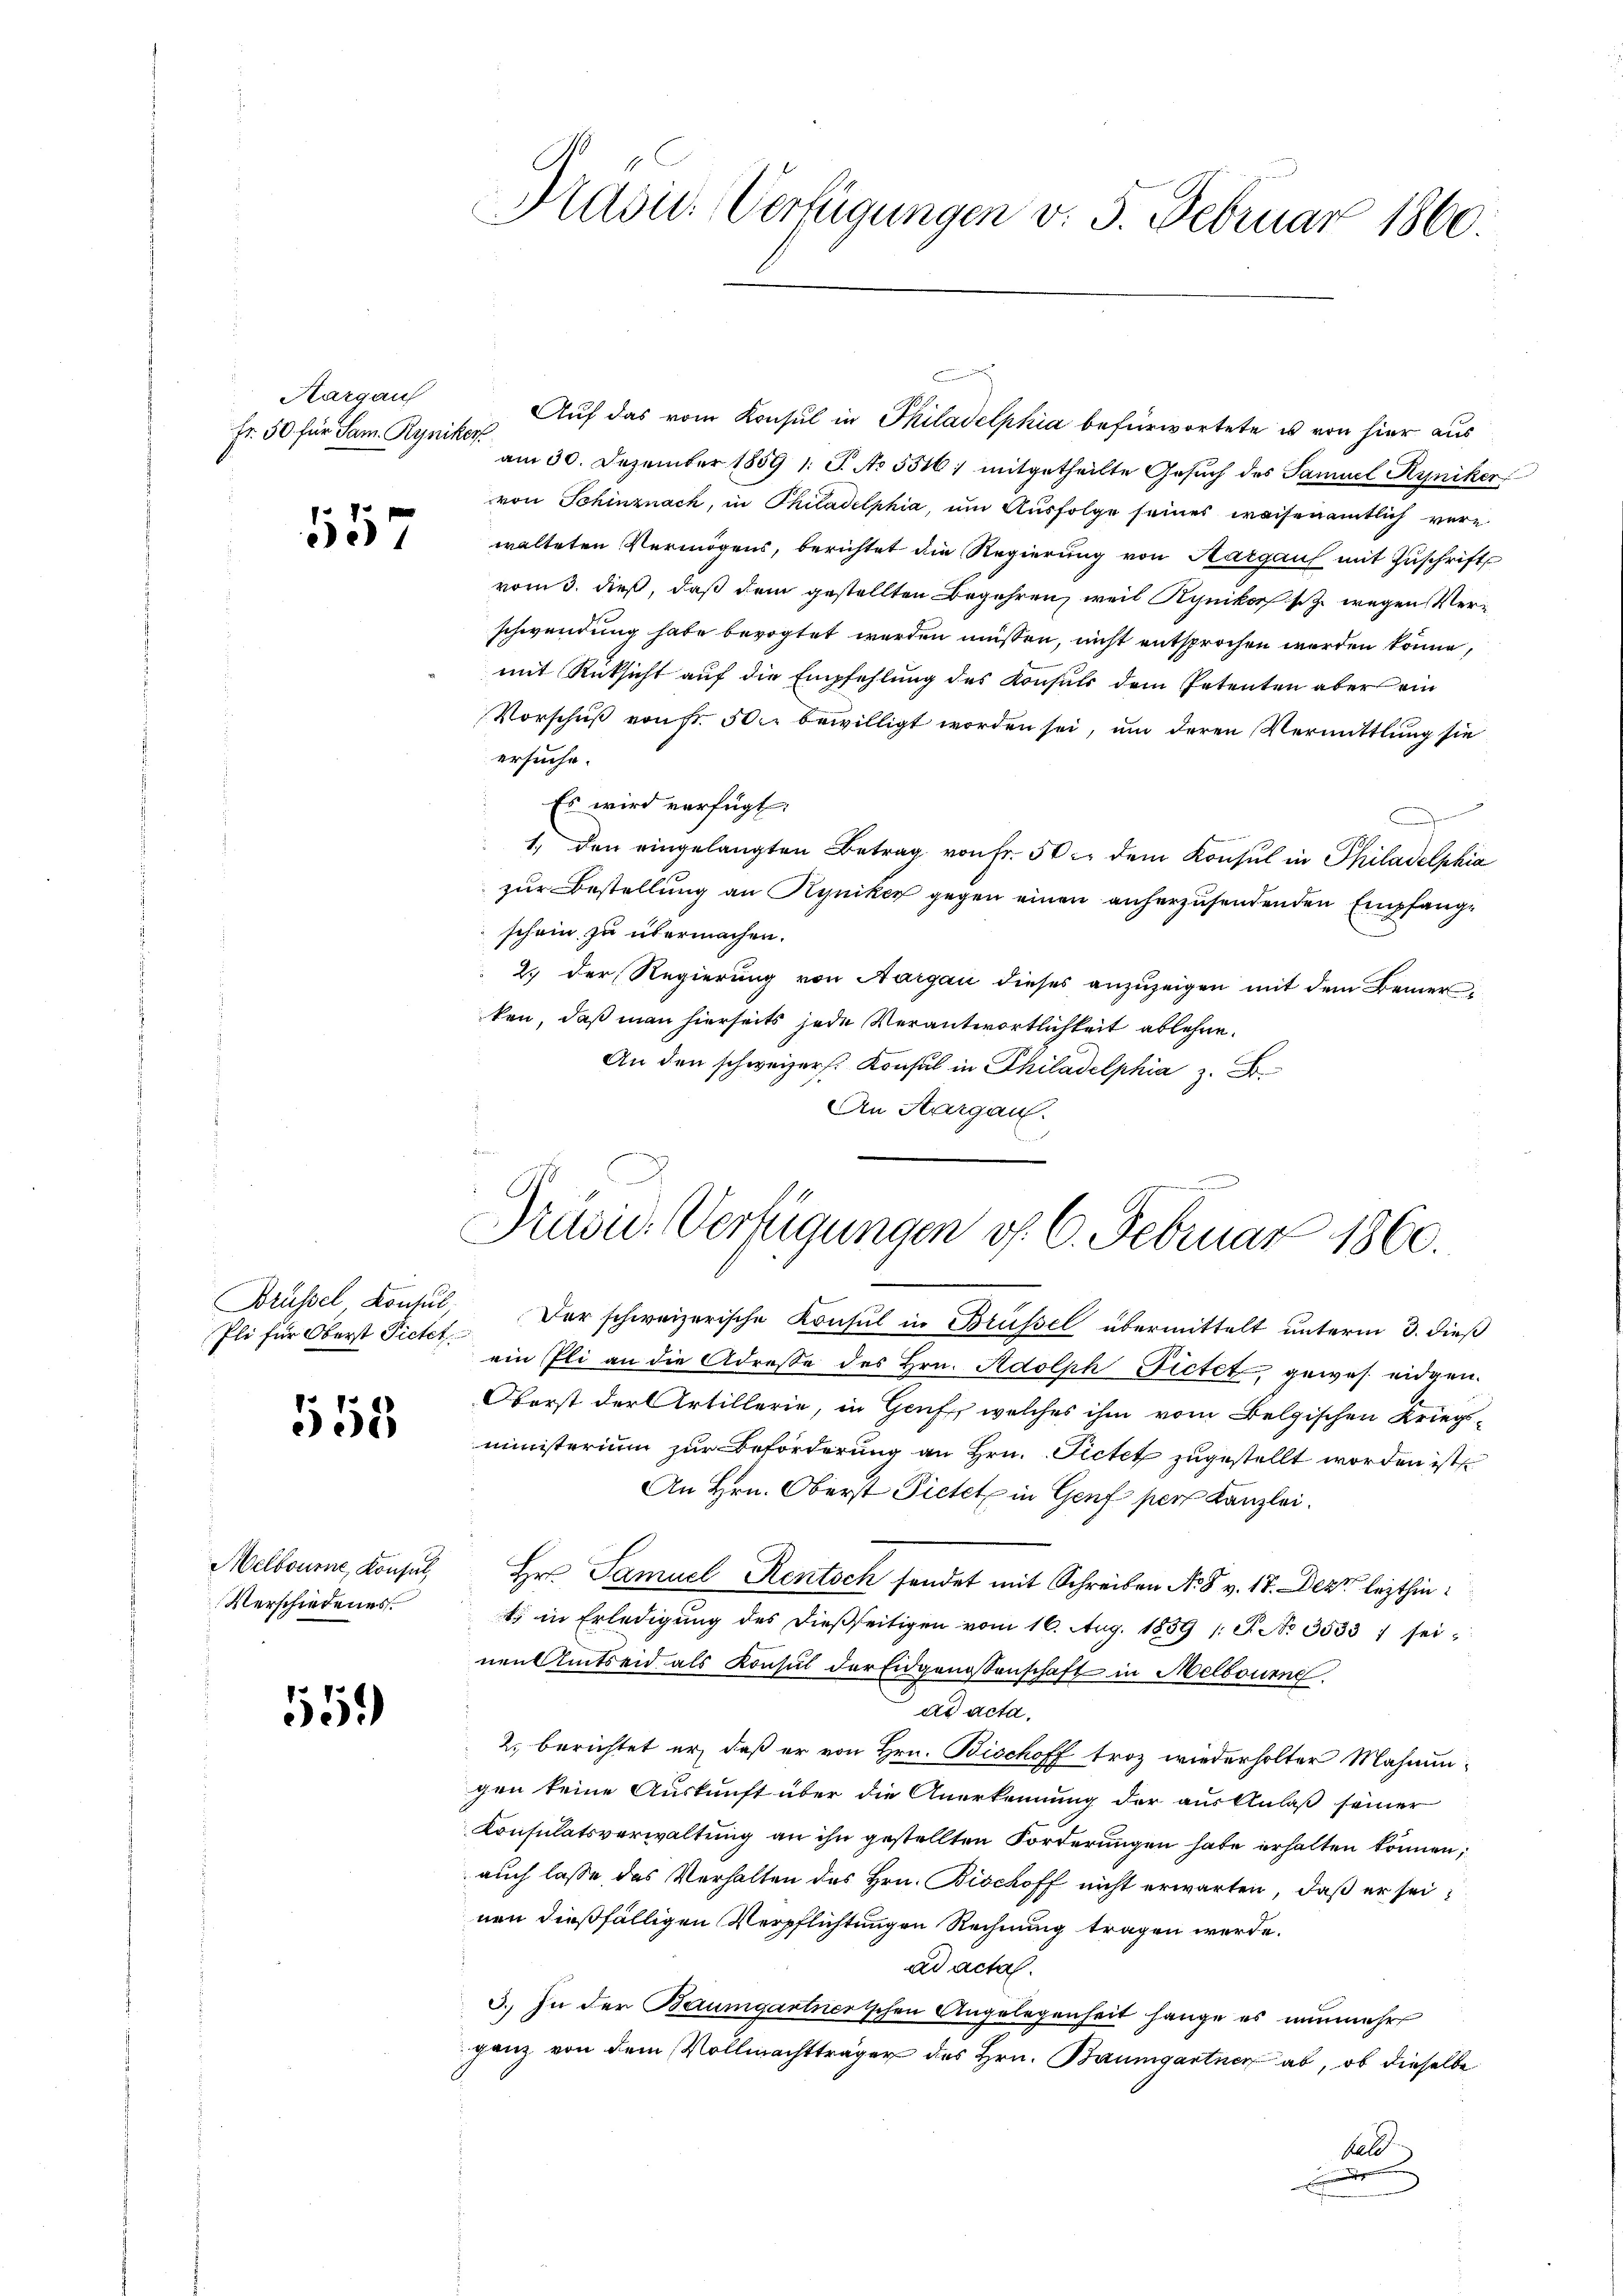
Hargau
Fr. 50 für Sam. Ryniker

511

Brüssel Konsul,
Pli für Oberst Pietet

150.

Melbourne, Konsul,
Verschiedenes

559)

Präsid-Verfügungen v. 5. Februar 1860

b

Auf das vom Konsul in Philadelphia befürwortete es von hier aus
am 30. Dezember 1859 1 S. No. 5516) mitgetheilte Gesuch des Samuel Kyniker
von Schinznach, in Philadelphia, um Ausfolge seines weisenamtlich vere
walteten Vermögens, berichtet die Regierung von Aargau mit Zuschrift
vom 3. dieß, daß dem gestellten Begehren, weil Synikosz wegen Verschwendung habe bevogtet werden müssen, nicht entsprochen werden könne,
mit Rücksicht auf die Empfehlung des Konsuls dem Petenten aber ein
Vorschuß von Fr. 500 bewilligt worden sei, um deren Vermittlung sie
ersuche.
Es wird verfügt:
1. den eingelangten Betrag von Fr. 50. dem Konsul in Philadelphia
zur Bestellung an Hyniker gegen einen anherzusendenden Empfangschein zu übermachen.
2.) Der Regierung von Aargau dieses anzuzeigen mit dem Bemerken, daß man hierseits jede Verantwortlichkeit ablehne.
An den schweizer. Konsul in Philadelphia z. B.
An Aargau.

Präsid. Verfügungen v. 6. Februar 1860.

Der schweizerische Konsul in Brüssel übermittelt unterm 3. dieß
ein Pli an die Adresse des Hrn. Adolph Fictet, gewes eidgen.
Oberst der Artillerie, in Genf, welches ihm vom Belgischen Kriegsministerium zur Beförderung an Hrn. Pictet zugestellt worden ist
An Hrn. Oberst Pietet in Genf pers Kanzlei.
Hr. Samuel Rentsch sendet mit Schreiben N. 8 v. 17. Dezz lezthin
t in Erledigŭng des dießseitigen vom 16. Aug. 1839 /: T. No 3533 1 seinen Amtseid als Konsul der Eidgenossenschaft in Melboueng
ad acta.
2. berichtet er, daß er von Hrn. Bischoff troz wiederholter Mahnungen keine Auskunft über die Anerkennung der aus Anlaß seiner
Konsulatsverwaltung an ihn gestellten Forderungen habe erhalten können,
auch lasse das Verhalten des Hrn. Bischoff nicht erwarten, daß er seinen dießfälligen Verpflichtungen Rechnung tragen werde.
ad acta.
3. In der Baumgartnerischen Angelegenheit hange es nunmehr
ganz von dem Vollmachtträger des Hrn. Baumgartner ab, ob dieselbe
bald
e